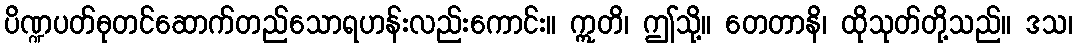
ပိဏ္ဍပတ်ဓုတင်ဆောက်တည်သောရဟန်းလည်းကောင်း။ ဣတိ၊ ဤသို့။ တေတာနိ၊ ထိုသုတ်တို့သည်။ ဒသ၊